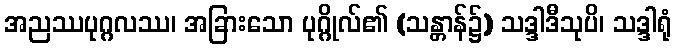
အညဿပုဂ္ဂလဿ၊ အခြားသော ပုဂ္ဂိုလ်၏ (သန္တာန်၌) သဒ္ဒါဒီသုပိ၊ သဒ္ဒါရုံ